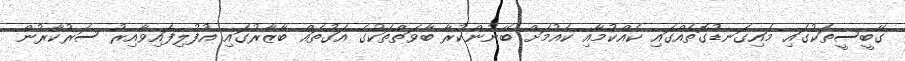
ގޭބީސީތަކުގައި މައިގަނޑުގޮތެއްގައި ކެއްކުމާއި ކެއުމަށް ބޭނުންކުރާ ބާވަތްތަކުގެ އަގުތައް ބާޒާރުގައި އުފުލިފައިވާއިރު ސަރުކާރުން